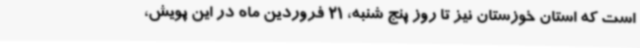
است که استان خوزستان نیز تا روز پنج شنبه، 21 فروردین ماه در این پویش،